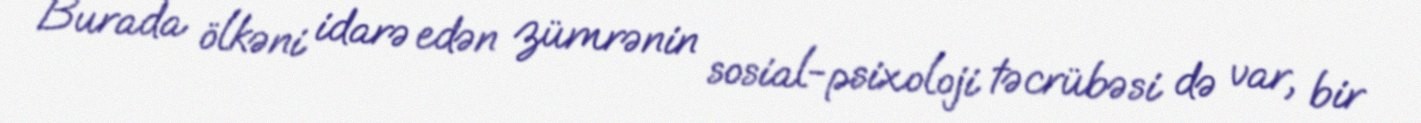
Burada ölkəni idarə edən zümrənin sosial-psixoloji təcrübəsi də var, bir